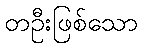
တဦးဖြစ်သော